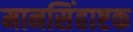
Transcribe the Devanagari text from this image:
मानसिंहाष्टक